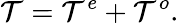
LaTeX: \mathcal{T}=\mathcal{T}^{e}+\mathcal{T}^{o}.